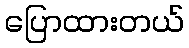
ပြောထားတယ်